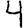
Digit: 4